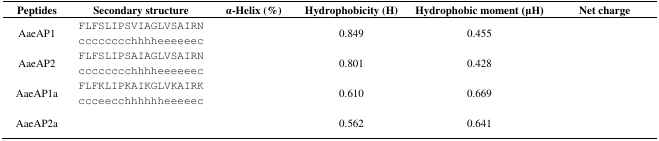
<table><thead><tr><td><b>Peptides</b></td><td><b>Secondary structure</b></td><td><b>α-Helix (%)</b></td><td><b>Hydrophobicity (H)</b></td><td><b>Hydrophobic moment (μH)</b></td><td><b>Net charge</b></td></tr></thead><tbody><tr><td>AaeAP1</td><td>FLFSLIPSVIAGLVSAIRN cccccccchhhheeeeeec</td><td>[EMPTY_CELL]</td><td>0.849</td><td>0.455</td><td>[EMPTY_CELL]</td></tr><tr><td>AaeAP2</td><td>FLFSLIPSAIAGLVSAIRN cccccccchhhheeeeeec</td><td>[EMPTY_CELL]</td><td>0.801</td><td>0.428</td><td>[EMPTY_CELL]</td></tr><tr><td>AaeAP1a</td><td>FLFKLIPKAIKGLVKAIRK ccceecchhhhhheeeeec</td><td>[EMPTY_CELL]</td><td>0.610</td><td>0.669</td><td>[EMPTY_CELL]</td></tr><tr><td>AaeAP2a</td><td>[EMPTY_CELL]</td><td>[EMPTY_CELL]</td><td>0.562</td><td>0.641</td><td>[EMPTY_CELL]</td></tr></tbody></table>